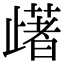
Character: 𣦡